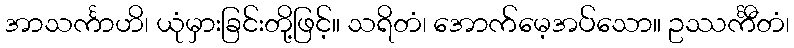
အာသင်္ကာဟိ၊ ယုံမှားခြင်းတို့ဖြင့်။ သရိတံ၊ အောက်မေ့အပ်သော။ ဥဿင်္ကီတံ၊